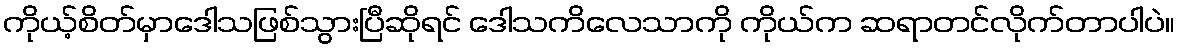
ကိုယ့်စိတ်မှာဒေါသဖြစ်သွားပြီဆိုရင် ဒေါသကိလေသာကို ကိုယ်က ဆရာတင်လိုက်တာပါပဲ။